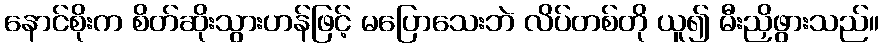
နောင်စိုးက စိတ်ဆိုးသွားဟန်ဖြင့် မပြောသေးဘဲ လိပ်တစ်တို ယူ၍ မီးညှိဖွားသည်။